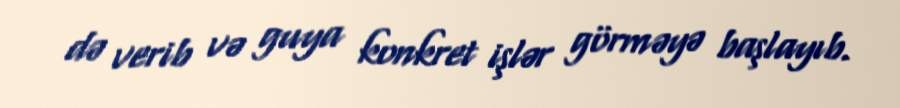
də verib və guya konkret işlər görməyə başlayıb.